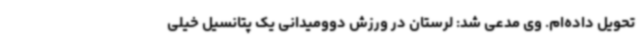
تحویل داده‌ام. وی مدعی شد: لرستان در ورزش دوومیدانی یک پتانسیل خیلی